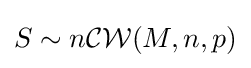
S\sim n{\mathcal {CW}}(M,n,p)